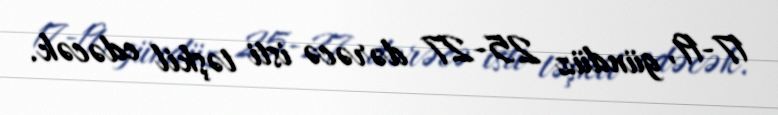
17-19, gündüz 25-27 dərəcə isti təşkil edəcək.